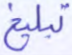
تبلغ